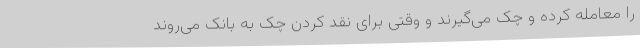
را معامله کرده و چک می‌گیرند و وقتی برای نقد کردن چک به بانک می‌روند